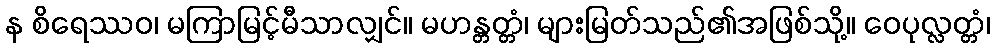
န စိရေဿဝ၊ မကြာမြင့်မီသာလျှင်။ မဟန္တတ္တံ၊ များမြတ်သည်၏အဖြစ်သို့။ ဝေပုလ္လတ္တံ၊